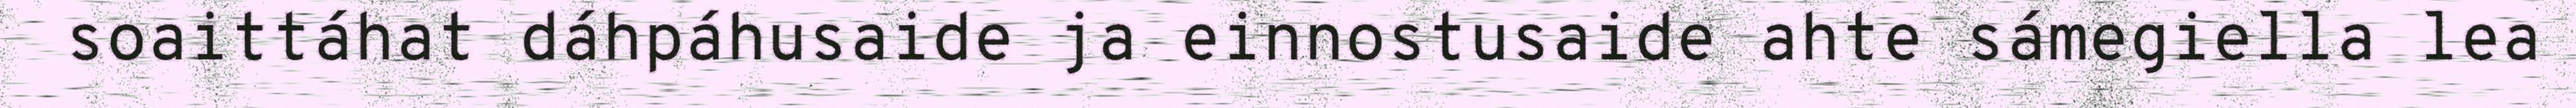
soaittáhat dáhpáhusaide ja einnostusaide ahte sámegiella lea